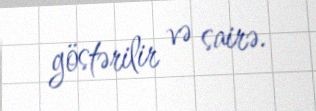
göstərilir və sairə.